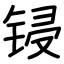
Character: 锓